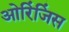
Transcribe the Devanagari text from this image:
ओरिंजिंस